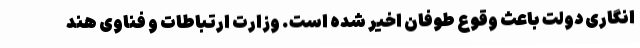
انگاری دولت باعث وقوع طوفان اخیر شده است. وزارت ارتباطات و فناوی هند